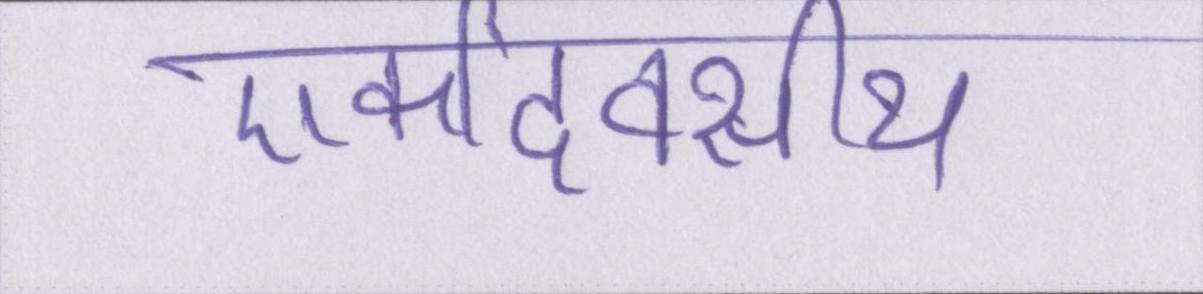
एकदिवसीय